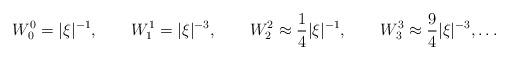
LaTeX: \begin{align*}W_0^0=|\xi |^{-1},\qquad W_1^1=|\xi |^{-3},\qquad W_2^2\approx\frac14|\xi |^{-1},\qquad W^3_3\approx\frac 94|\xi |^{-3},\ldots\end{align*}